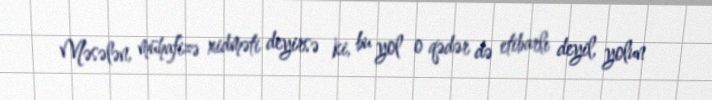
Məsələn, mühafizə xidməti deyirsə ki, bu yol o qədər də etibarlı deyil, yolun